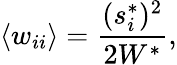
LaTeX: \langle w_{ii}\rangle=\frac{(s_{i}^{*})^{2}}{2W^{*}},